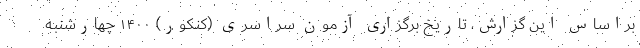
براساس این گزارش، تاریخ برگزاری آزمون سراسری (کنکور) ۱۴۰۰ چهارشنبه